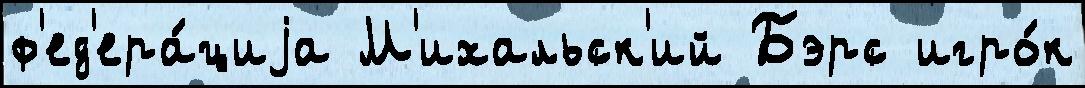
ф'ед'ера́циjа М'ихальск'ий Бэрс игро́к